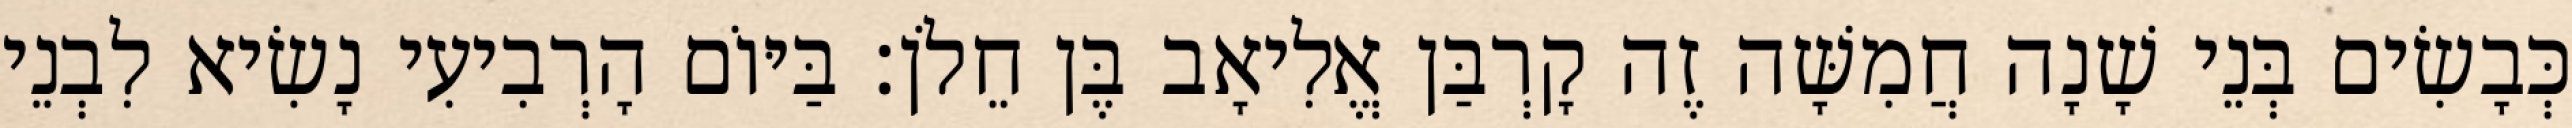
כְּבָשִׂים בְּנֵי שָׁנָה חֲמִשָּׁה זֶה קָרְבַּן אֱלִיאָב בֶּן חֵלֹן׃ בַּיּוֹם הָרְבִיעִי נָשִׂיא לִבְנֵי